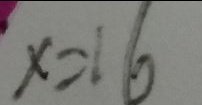
x = 1 6